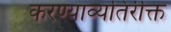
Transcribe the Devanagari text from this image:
करण्याव्यतिरीक्त